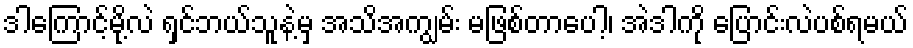
ဒါကြောင့်မို့လဲ ရှင်ဘယ်သူနဲ့မှ အသိအကျွမ်း မဖြစ်တာပေါ့၊ အဲဒါကို ပြောင်းလဲပစ်ရမယ်